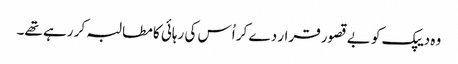
وہ دیپک کو بے قصور قرار دے کر اُس کی رہائی کا مطالبہ کر رہے تھے۔